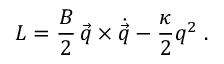
{ L } = { \frac { B } { 2 } } \, \vec { q } \times \dot { \vec { q } } - { \frac { \kappa } { 2 } } q ^ { 2 } \; .